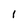
Character: I